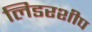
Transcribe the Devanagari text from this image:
लिडरशीप